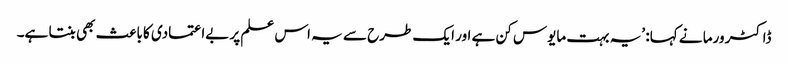
ڈاکٹر ورما نے کہا: ’یہ بہت مایوس کن ہے اور ایک طرح سے یہ اس علم پر بےاعتمادی کا باعث بھی بنتا ہے۔